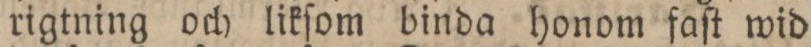
rigtning och likſom binda honom faſt wid